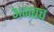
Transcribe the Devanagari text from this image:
अजबचं